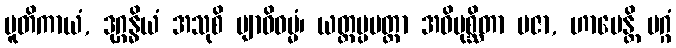
ပူတိကာယံ, ဒုဂ္ဂန္ဓိယံ အသုစိ ဗျာဓိဓမ္မံ၊ ယတ္ထပ္ပမတ္တာ အဓိမုစ္ဆိတာ ပဇာ, ဟာပေန္တိ မဂ္ဂံ